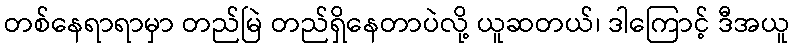
တစ်နေရာရာမှာ တည်မြဲ တည်ရှိနေတာပဲလို့ ယူဆတယ်၊ ဒါကြောင့် ဒီအယူ